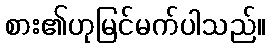
စား၏ဟုမြင်မက်ပါသည်။